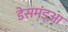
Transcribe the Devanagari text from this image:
डेसमंड्आ